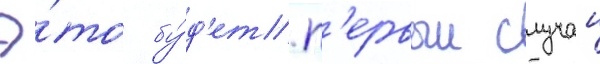
Э́то бу́д'ет п'ервыи случаи